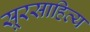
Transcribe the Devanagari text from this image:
सूरसाहित्य